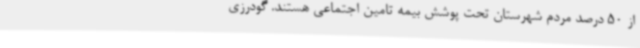
از 50 درصد مردم شهرستان تحت پوشش بیمه تامین اجتماعی هستند. گودرزی